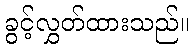
ခွင့်လွှတ်ထားသည်။